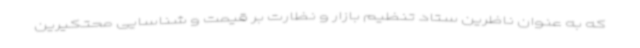
که به عنوان ناظرین ستاد تنظیم بازار و نظارت بر قیمت و شناسایی محتکیرین